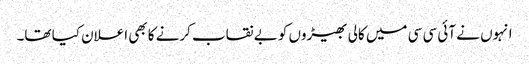
انہوں نے آئی سی سی میں کالی بھیڑوں کو بے نقاب کرنے کا بھی اعلان کیا تھا۔